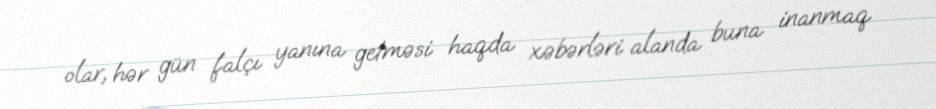
olar, hər gün falçı yanına getməsi haqda xəbərləri alanda buna inanmaq